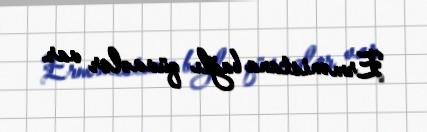
Ermənistana bağlı qüvvələr var.